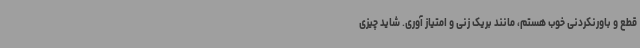
قطع و باورنکردنی خوب هستم، مانند بریک زنی و امتیاز آوری. شاید چیزی